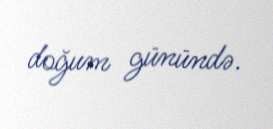
doğum günündə.